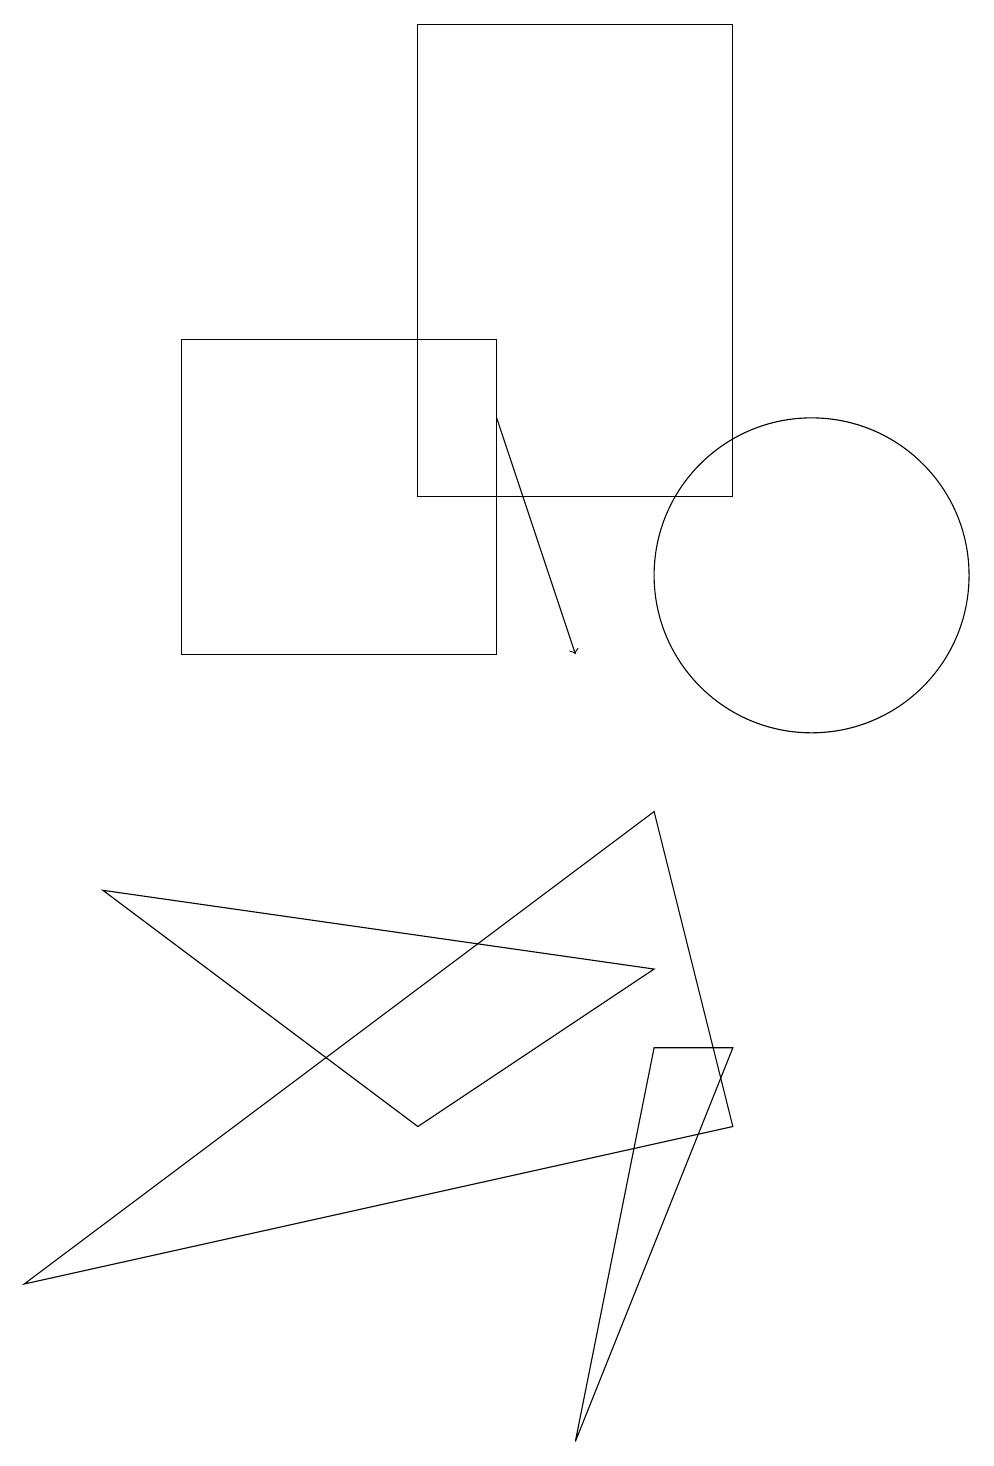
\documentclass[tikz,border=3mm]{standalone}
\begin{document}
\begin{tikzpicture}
\draw (7,0) -- (9,5) -- (8,5) -- cycle;
\draw (5,18) rectangle (9,12);
\draw[->] (6,13) -- (7,10);
\draw (9,4) -- (8,8) -- (0,2) -- cycle;
\draw (8,6) -- (1,7) -- (5,4) -- cycle;
\draw (10,11) circle (2);
\draw (6,14) rectangle (2,10);
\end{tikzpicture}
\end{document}